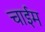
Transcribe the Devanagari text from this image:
चाईम